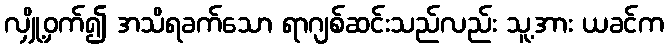
လျှို့ဝှက်၍ အသိရခက်သော ရာဂျစ်ဆင်းသည်လည်း သူ့အား ယခင်က